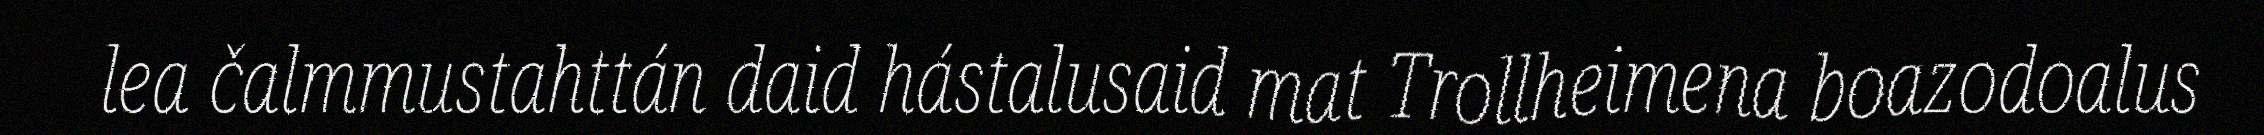
lea čalmmustahttán daid hástalusaid mat Trollheimena boazodoalus